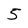
Character: 5